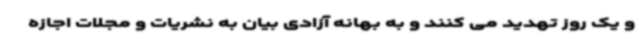
و یک روز تهدید می کنند و به بهانه آزادی بیان به نشریات و مجلات اجازه